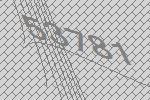
53781